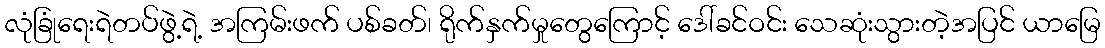
လုံခြုံရေးရဲတပ်ဖွဲ့ရဲ့ အကြမ်းဖက် ပစ်ခတ်၊ ရိုက်နှက်မှုတွေကြောင့် ဒေါ်ခင်ဝင်း သေဆုံးသွားတဲ့အပြင် ယာမြေ